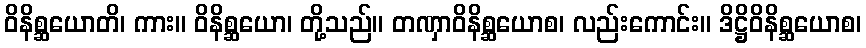
ဝိနိစ္ဆယောတိ၊ ကား။ ဝိနိစ္ဆယော၊ တို့သည်။ တဏှာဝိနိစ္ဆယောစ၊ လည်းကောင်း။ ဒိဋ္ဌိဝိနိစ္ဆယောစ၊